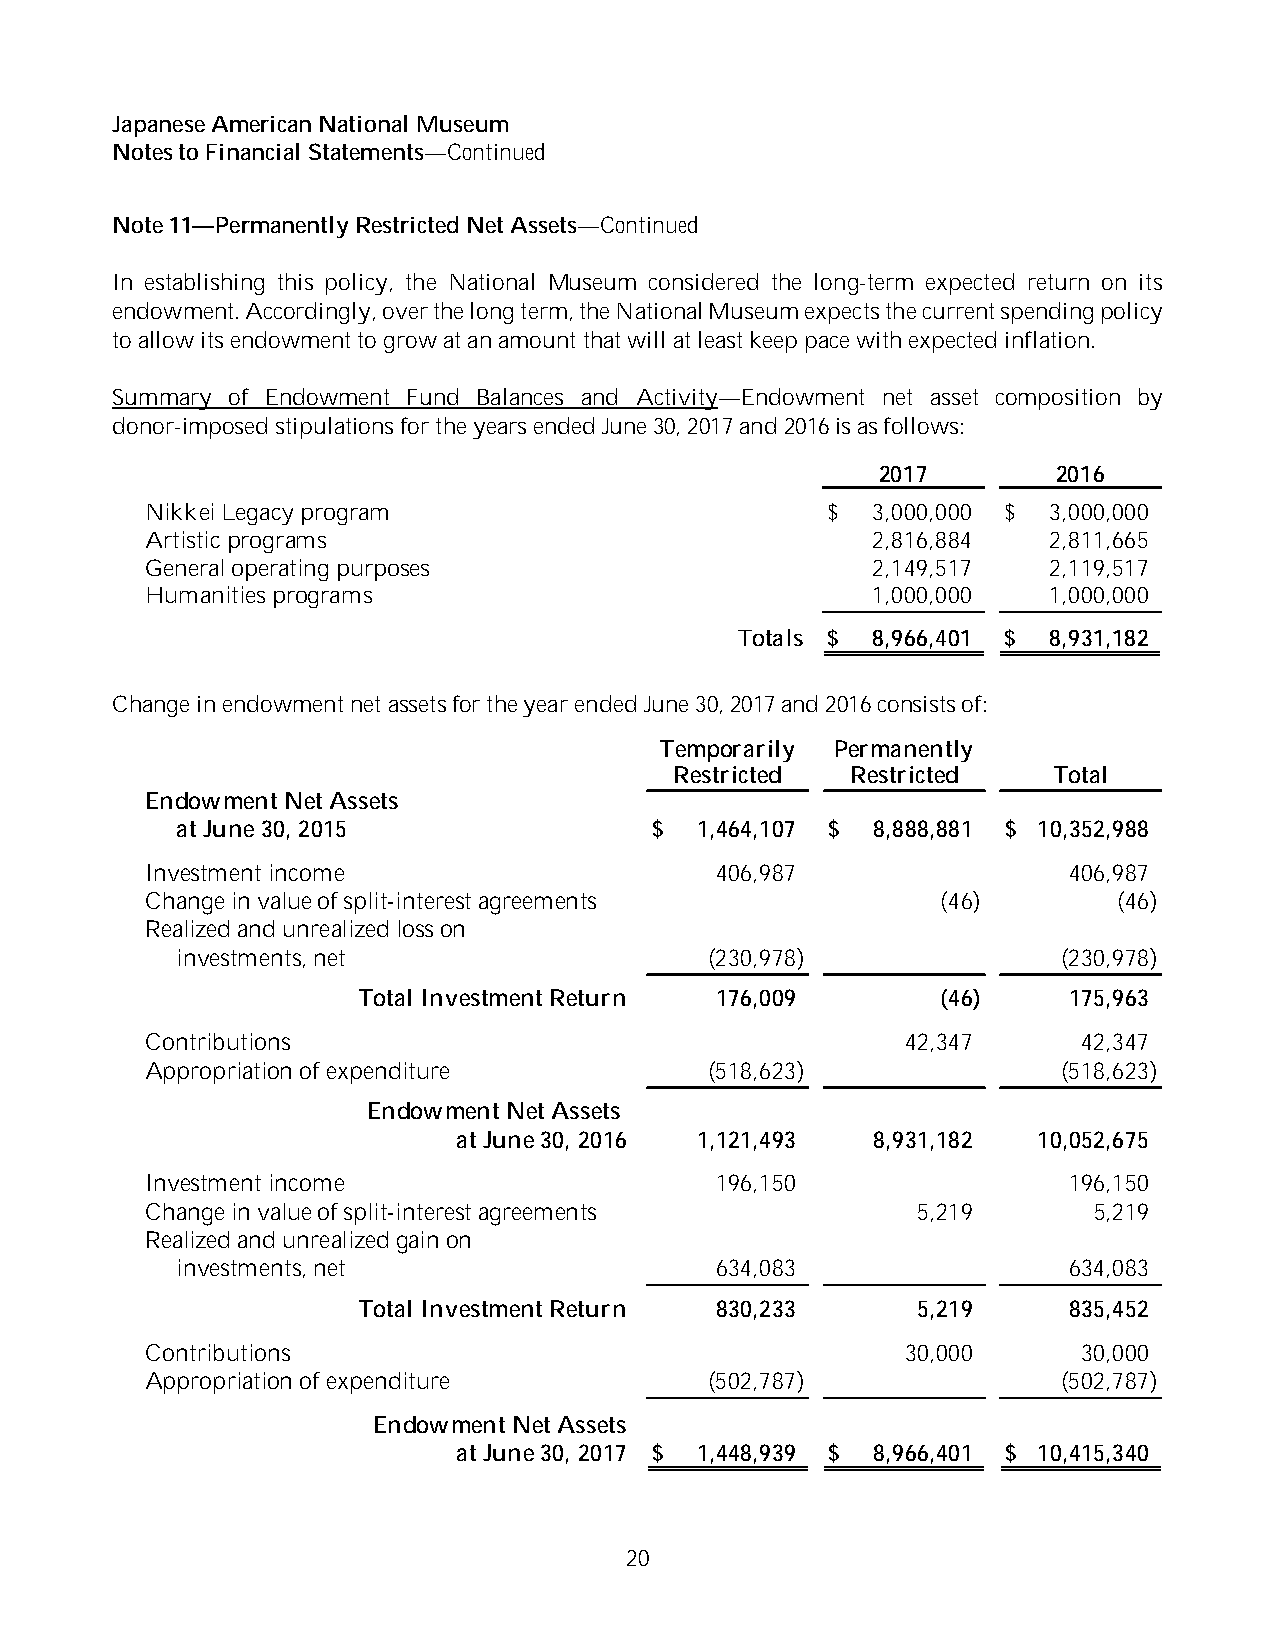
Japanese American National Museum
 Notes to Financial Statements—Continued
 Note 11—Permanently Restricted Net Assets—Continued
 In establishing this policy, the National Museum considered the long-term expected return on its
 endowment. Accordingly, over the long term, the National Museum expects the current spending policy
 to allow its endowment to grow at an amount that will at least keep pace with expected inflation.
 Summary of Endowment Fund Balances and Activity—Endowment net asset composition by
 donor-imposed stipulations for the years ended June 30, 2017and 2016is as follows:
 2017        2016
 Nikkei Legacy program                        $  3,000,000 $ 3,000,000
 Artistic programs                               2,816,884  2,811,665
 General operatingpurposes                       2,149,517  2,119,517
 Humanities programs                             1,000,000  1,000,000
 Totals $ 8,966,401 $ 8,931,182
 Change in endowment net assets for the year ended June 30, 2017and 2016consists of:
 Temporarily Permanently
 Restricted Restricted    Total
 Endowment Net Assets
 atJune30, 2015                 $  1,464,107 $ 8,888,881 $ 10,352,988
 Investment income                    406,987                 406,987
 Change in value of split-interest agreements        (46)        (46)
 Realized and unrealized loss on
 investments, net                   (230,978)              (230,978)
 Total Investment Return 176,009       (46)     175,963
 Contributions                                     42,347      42,347
 Appropriation of expenditure         (518,623)              (518,623)
 Endowment NetAssets
 atJune30, 2016  1,121,493   8,931,182  10,052,675
 Investment income                    196,150                 196,150
 Change in value of split-interest agreements       5,219      5,219
 Realized and unrealized gainon
 investments, net                   634,083                 634,083
 Total Investment Return 830,233      5,219     835,452
 Contributions                                     30,000      30,000
 Appropriation of expenditure         (502,787)              (502,787)
 Endowment NetAssets
 atJune30, 2017 $ 1,448,939 $ 8,966,401 $ 10,415,340
 20